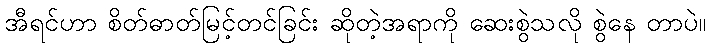
အီရင်ဟာ စိတ်ဓာတ်မြင့်တင်ခြင်း ဆိုတဲ့အရာကို ဆေးစွဲသလို စွဲနေ တာပဲ။